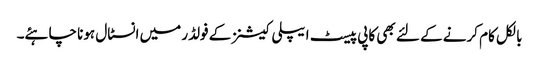
بالکل کام کرنے کے لئے بھی کاپی پیسٹ ایپلی کیشنز کے فولڈر میں انسٹال ہونا چاہئے۔